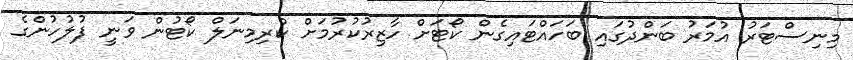
މިނިސްޓަރު އުމަރު ބަންދުގައި ބަހައްޓައިގެން ކޯޓަށް ހާޒިރުކުރުމަށް ކްރިމިނަލް ކޯޓުން ވަނީ ފުލުހުންގެ